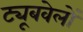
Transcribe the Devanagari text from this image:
ट्यूबवेलों